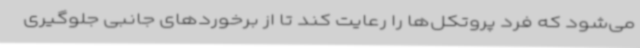
می‌شود که فرد پروتکل‌ها را رعایت کند تا از برخوردهای جانبی جلوگیری